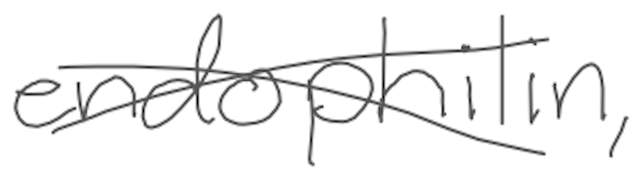
Text: endophilin,
Cross-out: cross
Writing tool: digital_gray